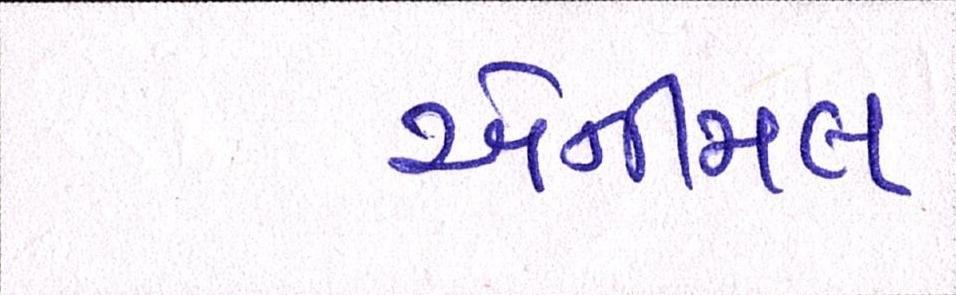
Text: એનીમલ